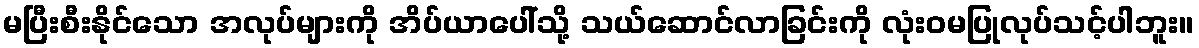
မပြီးစီးနိုင်သော အလုပ်များကို အိပ်ယာပေါ်သို့ သယ်ဆောင်လာခြင်းကို လုံးဝမပြုလုပ်သင့်ပါဘူး။